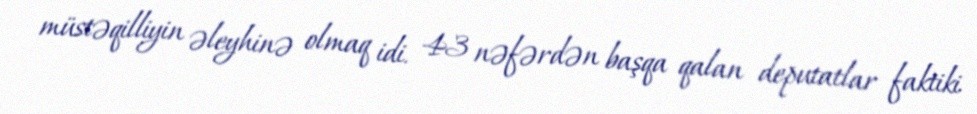
müstəqilliyin əleyhinə olmaq idi. 43 nəfərdən başqa qalan deputatlar faktiki